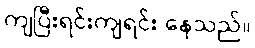
ကျပြီးရင်းကျရင်း နေသည်။